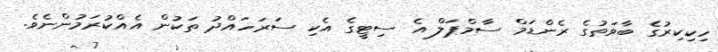
ހިކިކިރުގެ ބާވަތުގެ ރެންޑަމް ސާމްޕަލް އެ ސިޓީގެ އެކި ސަރަހައްދު ތަކުން އެއްކުރަމުންނެވެ.